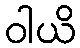
ဝါယိ